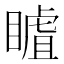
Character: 䁦